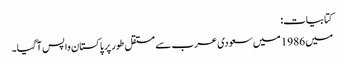
کتابیات:
میں 1986 میں سعودی عرب سے مستقل طور پر پاکستان واپس آگیا۔